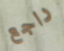
راجع